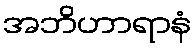
အဘိဟာရာနံ